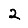
Digit: 2